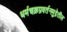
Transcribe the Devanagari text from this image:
धर्मचक्रप्रवर्तनमुद्रेतील